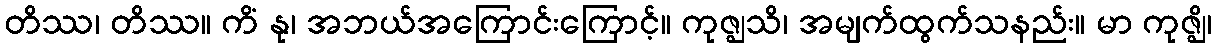
တိဿ၊ တိဿ။ ကိံ နု၊ အဘယ်အကြောင်းကြောင့်။ ကုဇ္ဈသိ၊ အမျက်ထွက်သနည်း။ မာ ကုဇ္ဈိ၊